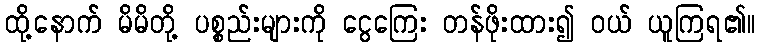
ထို့နောက် မိမိတို့ ပစ္စည်းများကို ငွေကြေး တန်ဖိုးထား၍ ဝယ် ယူကြရ၏။